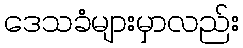
ဒေသခံများမှာလည်း